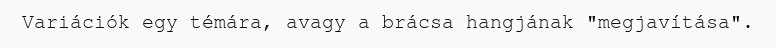
Variációk egy témára, avagy a brácsa hangjának "megjavítása".